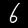
Label: 6